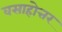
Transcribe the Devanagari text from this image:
वसाहोत्तर